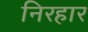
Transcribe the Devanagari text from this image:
निरहार